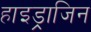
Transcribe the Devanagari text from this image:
हाइड्राजिन